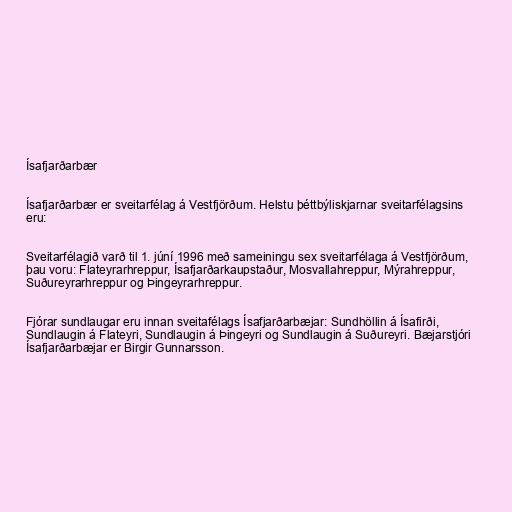
Ísafjarðarbær

Ísafjarðarbær er sveitarfélag á Vestfjörðum. Helstu þéttbýliskjarnar sveitarfélagsins
eru:

Sveitarfélagið varð til 1. júní 1996 með sameiningu sex sveitarfélaga á Vestfjörðum,
þau voru: Flateyrarhreppur, Ísafjarðarkaupstaður, Mosvallahreppur, Mýrahreppur,
Suðureyrarhreppur og Þingeyrarhreppur.

Fjórar sundlaugar eru innan sveitafélags Ísafjarðarbæjar: Sundhöllin á Ísafirði,
Sundlaugin á Flateyri, Sundlaugin á Þingeyri og Sundlaugin á Suðureyri. Bæjarstjóri
Ísafjarðarbæjar er Birgir Gunnarsson.